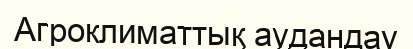
Агроклиматтық аудандау